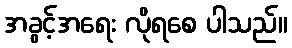
အခွင့်အရေး လိုရစေ ပါသည်။